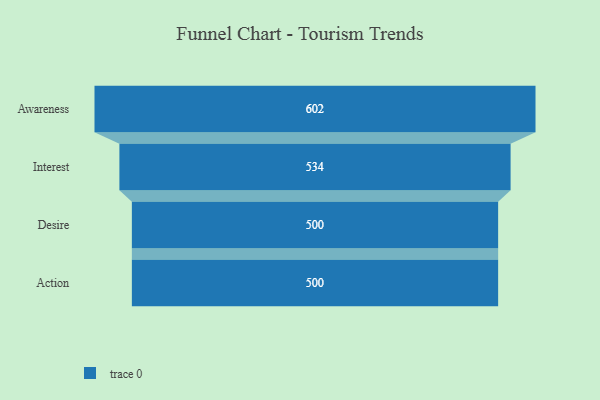
{"axis": {"x": "Stage", "y": "Value"}, "legend": [""], "data": [{"x": "Awareness", "y": 602.0, "type": ""}, {"x": "Interest", "y": 534.0, "type": ""}, {"x": "Desire", "y": 500, "type": ""}, {"x": "Action", "y": 500, "type": ""}]}